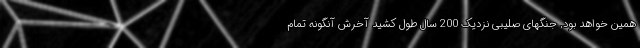
همین خواهد بود, جنگهای صلیبی نزدیک 200 سال طول کشید آخرش آنگونه تمام